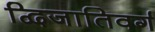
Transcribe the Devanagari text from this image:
द्विजातिवर्ग